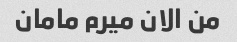
من الان میرم مامان